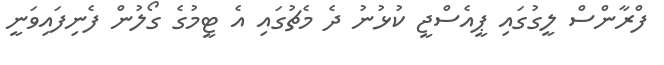
ފްރާންސް ލީގުގައި ޕީއެސްޖީ ކުޅުނު ދެ މެޗުގައި އެ ޓީމުގެ ގޯލުން ފެނިފައިވަނީ